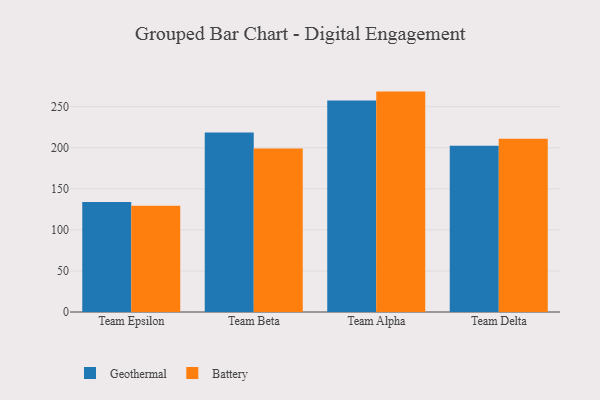
{"axis": {"x": "Team", "y": "Temperature (°C)"}, "legend": ["Battery", "Geothermal"], "data": [{"x": "Team Epsilon", "y": 134.0, "type": "Geothermal"}, {"x": "Team Epsilon", "y": 129.3, "type": "Battery"}, {"x": "Team Beta", "y": 218.5, "type": "Geothermal"}, {"x": "Team Beta", "y": 199.2, "type": "Battery"}, {"x": "Team Alpha", "y": 257.6, "type": "Geothermal"}, {"x": "Team Alpha", "y": 268.4, "type": "Battery"}, {"x": "Team Delta", "y": 202.5, "type": "Geothermal"}, {"x": "Team Delta", "y": 211.0, "type": "Battery"}]}